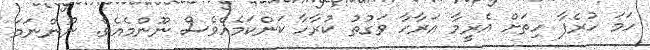
ހަމަ ހުރެފާ ހިތަށް އެރީމާ އަރާހާ ވަގުތު ކުރާހާ ކަންކަމެއްވެސް ނޫންމެއެވެ. ނޫންނަމަ